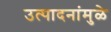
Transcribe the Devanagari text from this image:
उत्पादनांमुळे